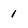
Character: 1